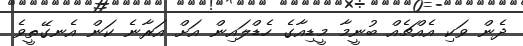
ދެން ވަކި އެއްޗެއް ބުނީމާ މީޑިއާގެ ހެޑްލައިން އަށް އަރާނެ ކަން އެނގޭތީވެ